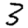
Digit: 3